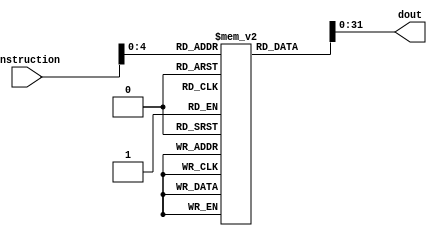
module MemInstruction( 
    input [31:0] instruction,  //guarda endereo que  a soma de doutB + OFFSET            //Valor que entra na memria
    output [31:0] dout          //Valor que sai da memria
);

    /*!!*/reg [63:0] mem [31:0];

    // atribuindo valores para memoria e load/store

    assign dout = mem[instruction];       //Leitura de dados no Memria (Load) 



initial begin
    //       imm[12]       | Rb[5] |funct3[3] |       Rw[5]      | opcode[7] -> I-Type
    //funct7[7] | Rb[5]    | Ra[5] |funct3[3] |       Rw[5]      | opcode[7] -> R-Type
    //imm [bit12 + 10:5]   | Rb[5] | Rb[5] |funct3[3] | imm[4:1 + bit11] | opcode[7] -> B-type
    
    mem[0] = 32'b0;
    mem[1] = {12'b000000000001,5'b00000,3'b001,5'b00001,7'b0000011};     //load x1, #1(x0) x1 = 10
    mem[2] = {12'b000000000010,5'b00000,3'b001,5'b00010,7'b0000011};     //load x2, #2(x0) x2 = 20
    mem[3] = {7'b0000000,5'b00010,5'b00001,3'b000,5'b00011,7'b0110011};  //add x3,x1,x2    x3 = 30
    mem[4] = {7'b0000000,5'b00001,5'b00011,3'b000,5'b00100,7'b0110011};  //sub x4,x3,x1    x4 = 20
    mem[5] = {12'b000000000011,5'b00011,3'b010,5'b00000,7'b0100011};     //store x3,#3(x0) 
    mem[6] = {12'b000000000100,5'b00100,3'b010,5'b00000,7'b0100011};     //store x4,#4(x0)
    mem[7] = {12'b000000001010,5'b00100,3'b010,5'b01001,7'b0010011};     //addi  x9,#10(x4) x9 = 30
    mem[8] = {12'b000000001001,5'b01001,3'b010,5'b00000,7'b0100011};     //store x9,#9(x0)
    mem[9] = {7'b0000010,5'b00011,5'b00011,3'b000,5'b00000,7'b1100011};   //BEQ x3,x3 #-4
    mem[10] = 32'b0; //jumped
    mem[11] = {7'b0000000,5'b00010,5'b00001,3'b000,5'b00101,7'b0110011};  //add x5,x1,x2    x3 = 30 
    

end

endmodule